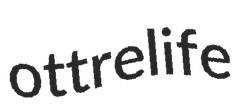
ottrelife